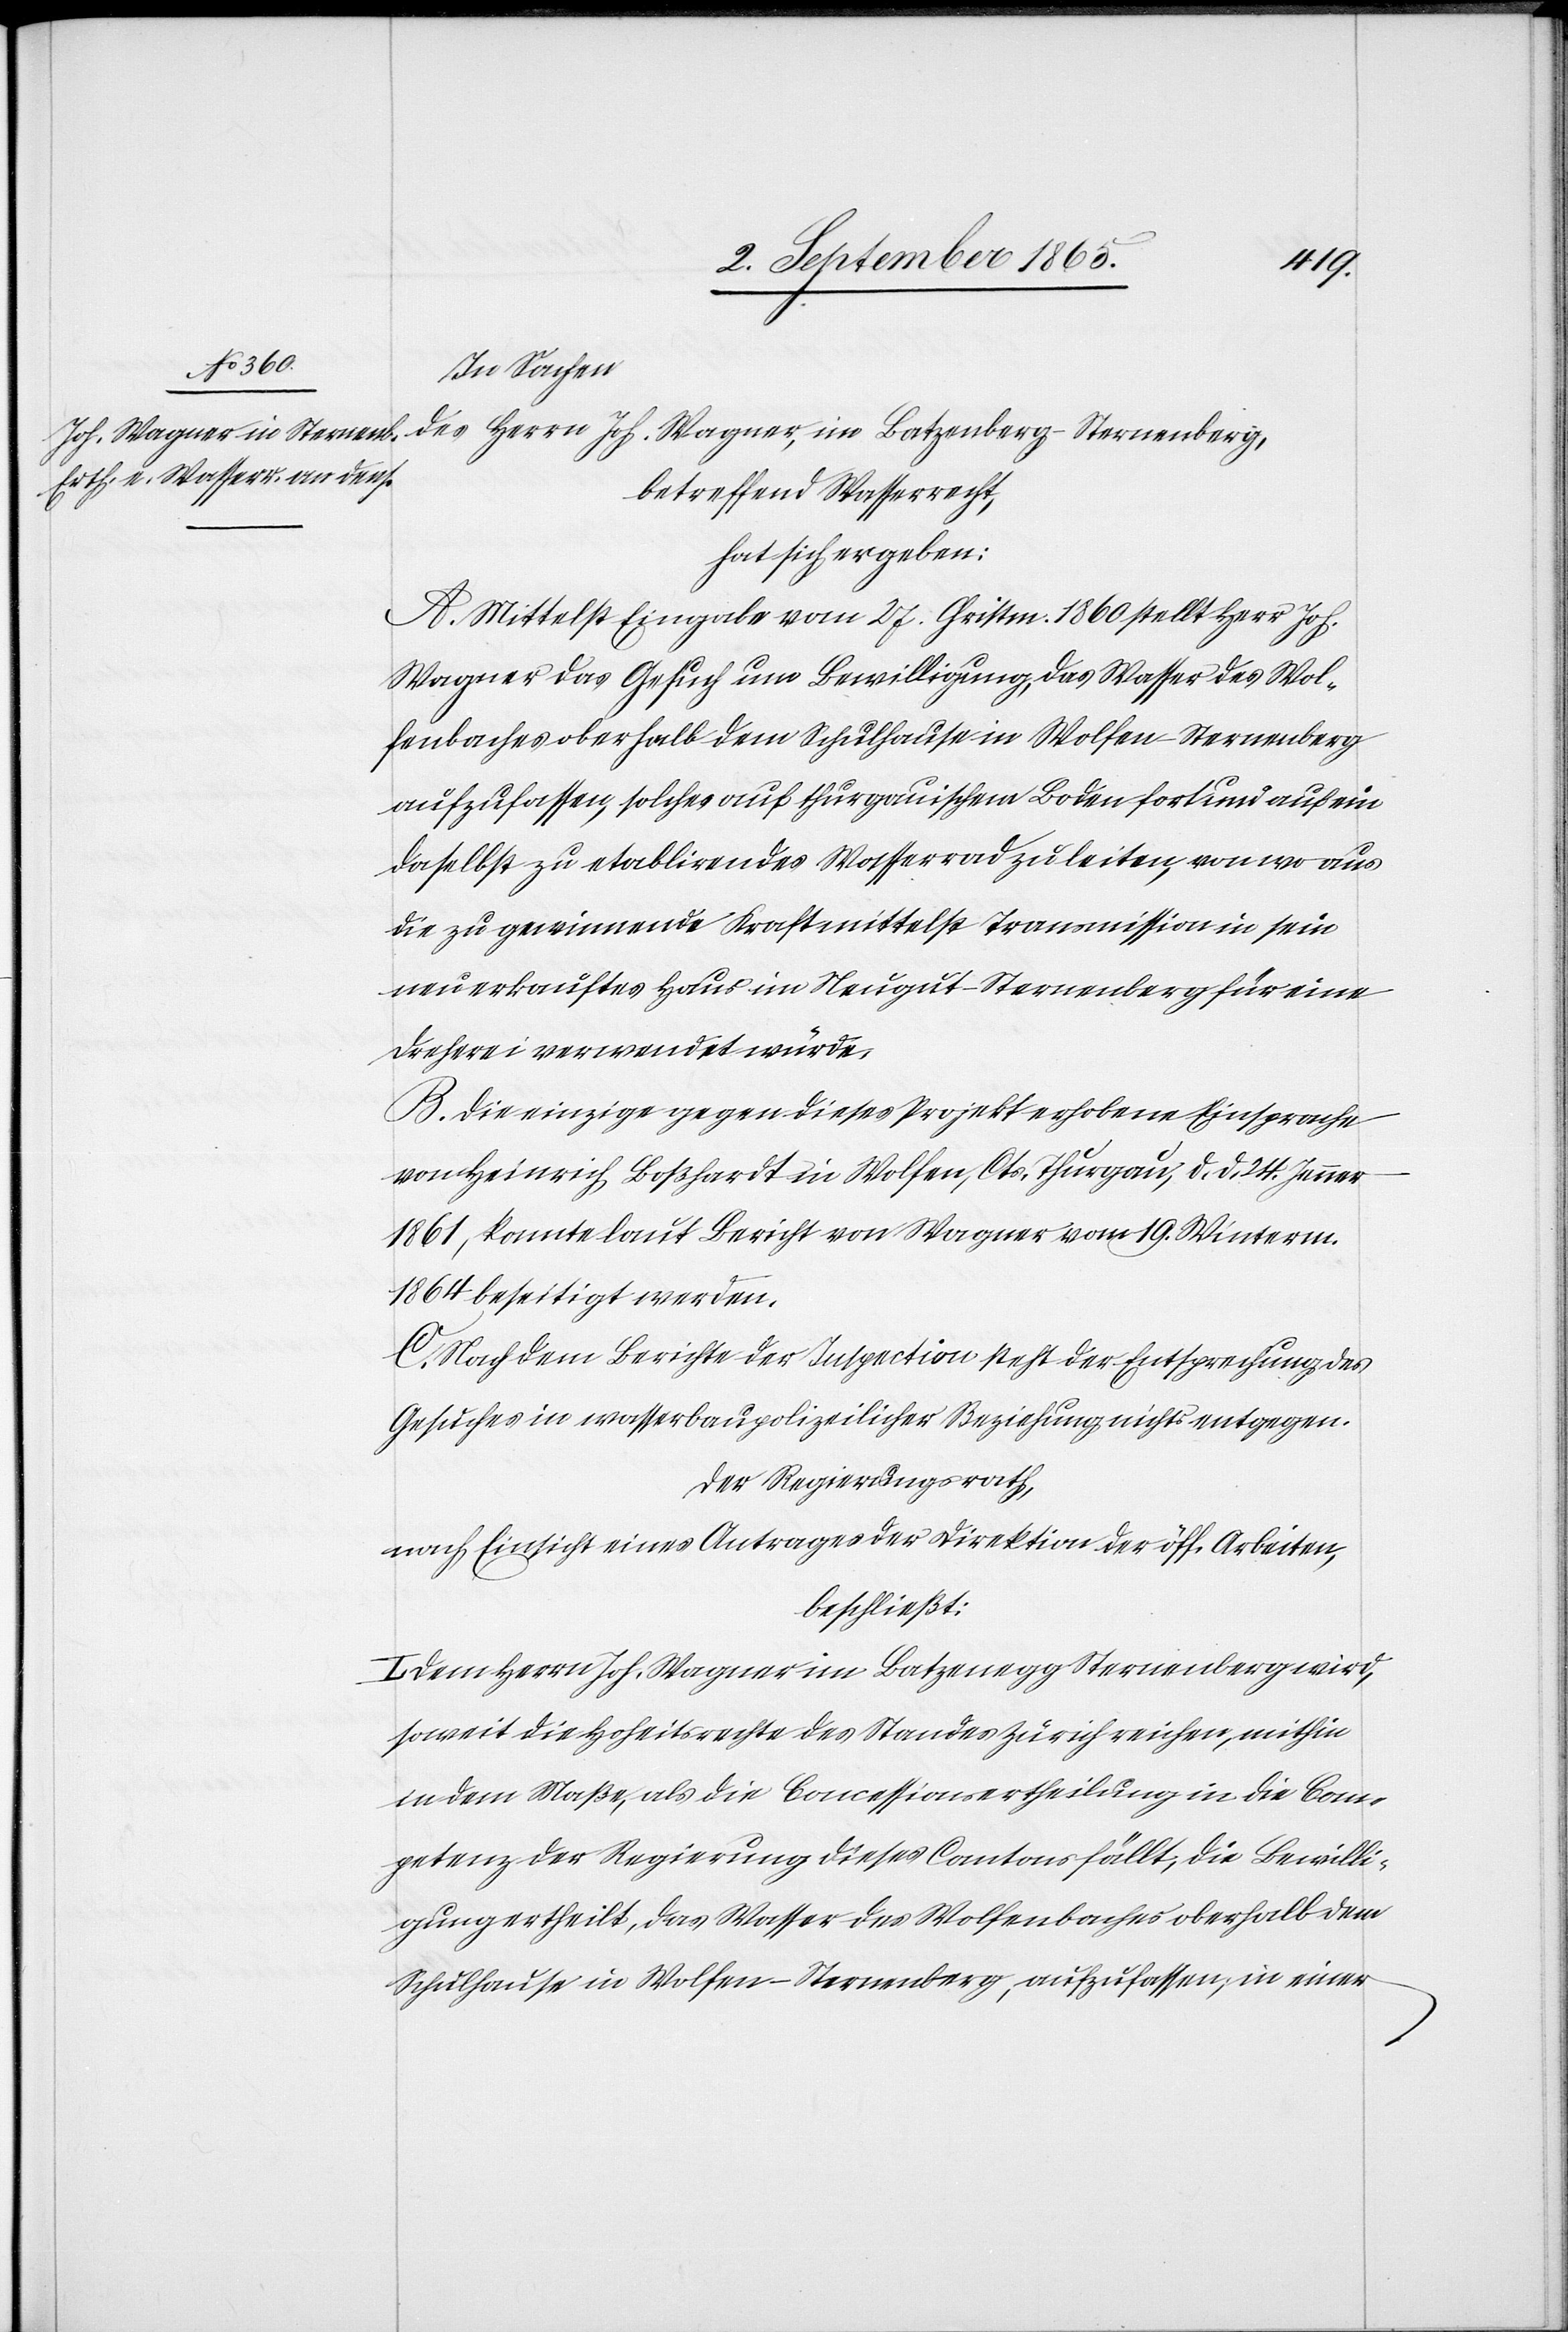
In Sachen
des Herrn Joh. Wagner, im Batzenberg-Sternenberg,
betreffend Wasserrecht,
hat sich ergeben:
A. Mittelst Eingabe vom 27. Christm. 1860 stellt Herr Joh.
Wagner das Gesuch um Bewilligung, das Wasser des Wol¬
fenbaches oberhalb dem Schulhause in Wolfen-Sternenberg
aufzufassen, solches auf thurgauischem Boden fort und auf ein
daselbst zu etablirendes Wasserrad zu leiten, von wo aus
die zu gewinnende Kraft mittelst Transmission in sein
neuerkauftes Haus im Neugut-Sternenberg für eine
Dreherei verwendet würde.
B. Die einzige gegen dieses Projekt erhobene Einsprache
von Heinrich Boßhardt in Wolfen, Cts. Thurgau, d. d. 24. Jenner
1861, konnte laut Bericht von Wagner vom 19. Winterm.
1864 beseitigt werden.
C. Nach dem Berichte der Inspection steht der Entsprechung des
Gesuches in wasserbaupolizeilicher Beziehung nichts entgegen.
Der Regierungsrath,
nach Einsicht eines Antrages der Direktion der öff. Arbeiten,
beschließt:
I. Dem Herrn Joh. Wagner im Batzenegg [sic!] Sternenberg wird,
soweit die Hoheitsrechte des Standes Zürich reichen, mithin
in dem Maße, als die Concessionsertheilung in die Com¬
petenz der Regierung dieses Canntons fällt, die Bewilli¬
gung ertheilt, das Wasser des Wolfenbaches oberhalb dem
Schulhause in Wolfen-Sternenberg, aufzufassen, in einer